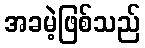
အခမဲ့ဖြစ်သည်